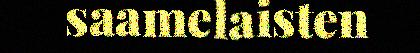
saamelaisten